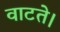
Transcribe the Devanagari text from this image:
वाटते।